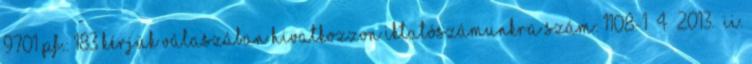
9701 Pf.: 183 Kérjük válaszában hivatkozzon iktatószámunkra Szám: 1108-1 4 2013. II.